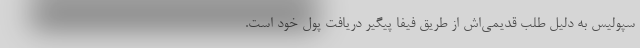
سپولیس به دلیل طلب قدیمی‌اش از طریق فیفا پیگیر دریافت پول خود است.